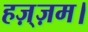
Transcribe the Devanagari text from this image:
हज़्ज़म।